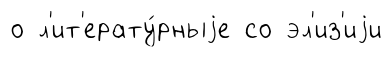
о л'ит'ерату́рныjе со эл'из'иjи